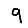
Digit: 9